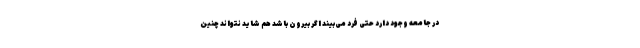
در جامعه وجود دارد حتی فرد می‌بیند اگر بیرون باشد هم شاید نتواند چنین